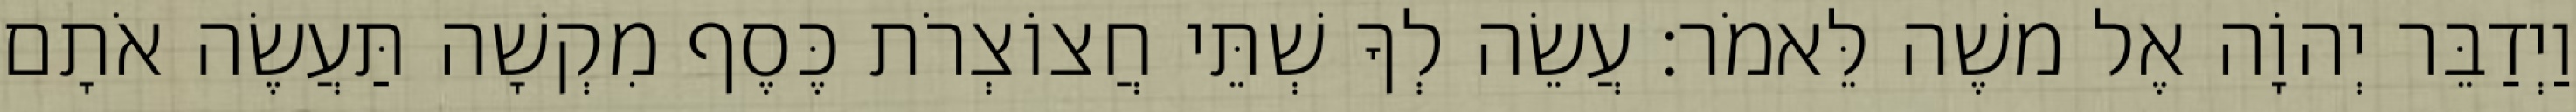
וַיְדַבֵּר יְהוָֹה אֶל משֶׁה לֵּאמֹר׃ עֲשֵׂה לְךָ שְׁתֵּי חֲצוֹצְרֹת כֶּסֶף מִקְשָׁה תַּעֲשֶׂה אֹתָם